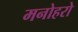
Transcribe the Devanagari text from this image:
मनोहरो